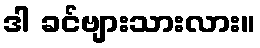
ဒါ ခင်ဗျားသားလား။